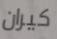
كيران